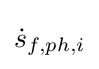
\textstyle {\dot {s}}_{f,ph,i}